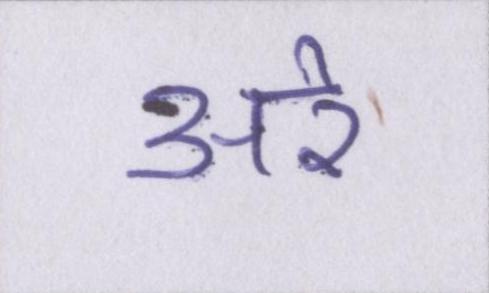
अरे